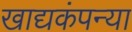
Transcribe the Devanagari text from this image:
खाद्यकंपन्या